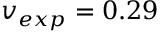
v _ { e x p } = 0 . 2 9